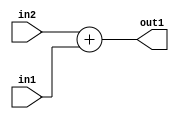
`timescale 1ps / 1ps
/*****************************************************************************
    Verilog RTL Description
    
    
    Created by: Stratus DpOpt 2019.1.01 
*******************************************************************************/

module DC_Filter_Add_2Ux1U_2U_1 (
	in2,
	in1,
	out1
	); /* architecture "behavioural" */ 
input [1:0] in2;
input  in1;
output [1:0] out1;
wire [1:0] asc001;

assign asc001 = 
	+(in2)
	+(in1);

assign out1 = asc001;
endmodule

/* CADENCE  urf5Tw4= : u9/ySgnWtBlWxVPRXgAZ4Og= ** DO NOT EDIT THIS LINE ******/